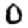
Digit: 0